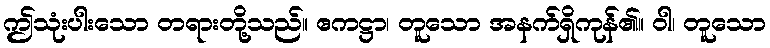
ဤသုံးပါးသော တရားတို့သည်။ ဧကဋ္ဌာ၊ တူသော အနက်ရှိကုန်၏။ ဝါ၊ တူသော